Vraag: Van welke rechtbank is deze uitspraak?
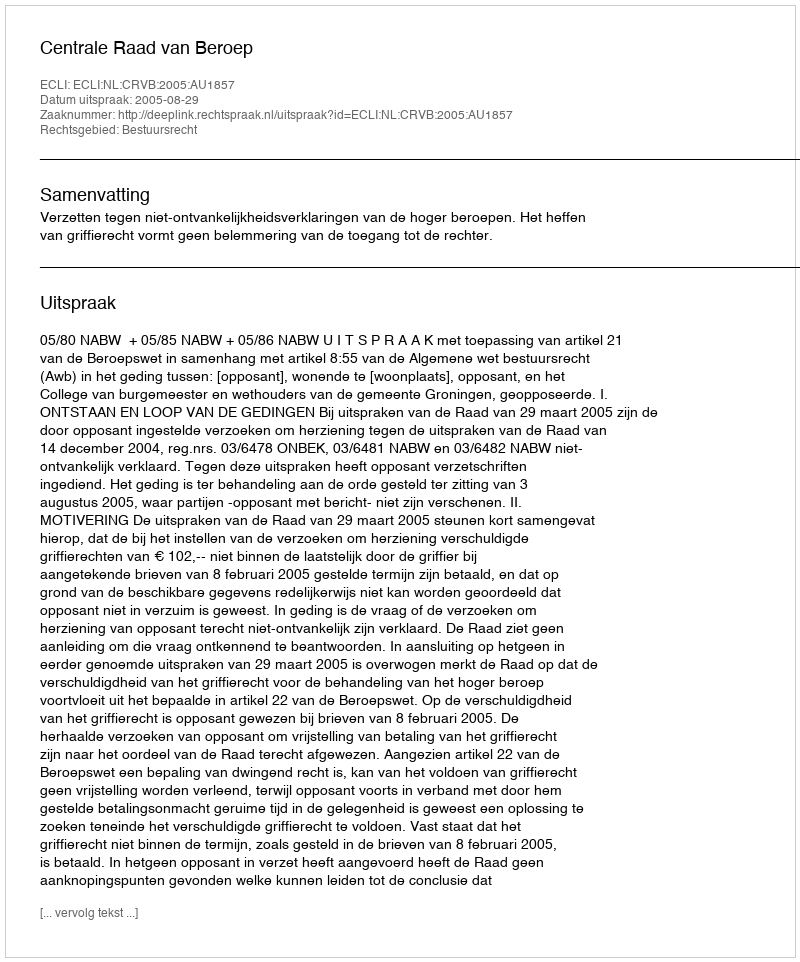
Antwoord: Centrale Raad van Beroep